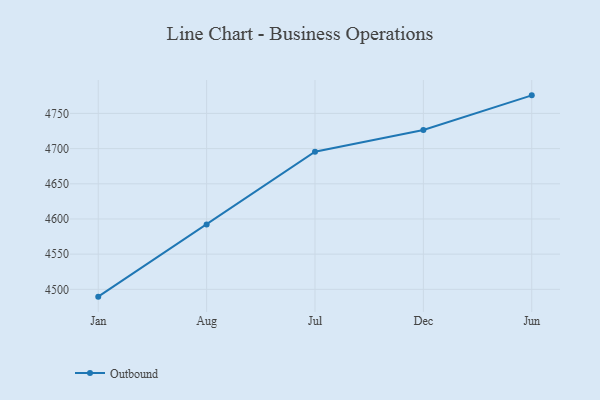
{"axis": {"x": "Month", "y": "Satisfaction Score"}, "legend": ["Outbound"], "data": [{"x": "Jan", "y": 4489.6, "type": "Outbound"}, {"x": "Aug", "y": 4592.0, "type": "Outbound"}, {"x": "Jul", "y": 4695.6, "type": "Outbound"}, {"x": "Dec", "y": 4726.4, "type": "Outbound"}, {"x": "Jun", "y": 4775.7, "type": "Outbound"}]}